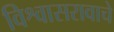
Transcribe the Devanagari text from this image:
विश्वासरावाचे